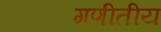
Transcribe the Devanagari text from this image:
गणीतीय